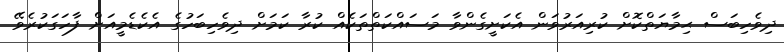
ދިވެހިބަސް ޙިމާޔަތްކޮށް ކުރިއަރުވަން އެކަށީގެންވާ މަސައްކަތްތަކެއް ކުރާ ކަމަށް ދިވެހިބަހުގެ އެކެޑެމީއަށް ފާހަގަކުރެވޭ